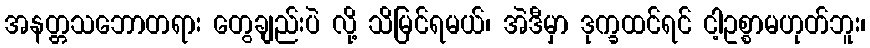
အနတ္တသဘောတရား တွေချည်းပဲ လို့ သိမြင်ရမယ်၊ အဲဒီမှာ ဒုက္ခထင်ရင် ငါ့ဥစ္စာမဟုတ်ဘူး၊